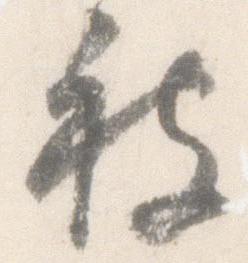
被